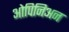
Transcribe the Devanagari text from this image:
ओपिनिअन